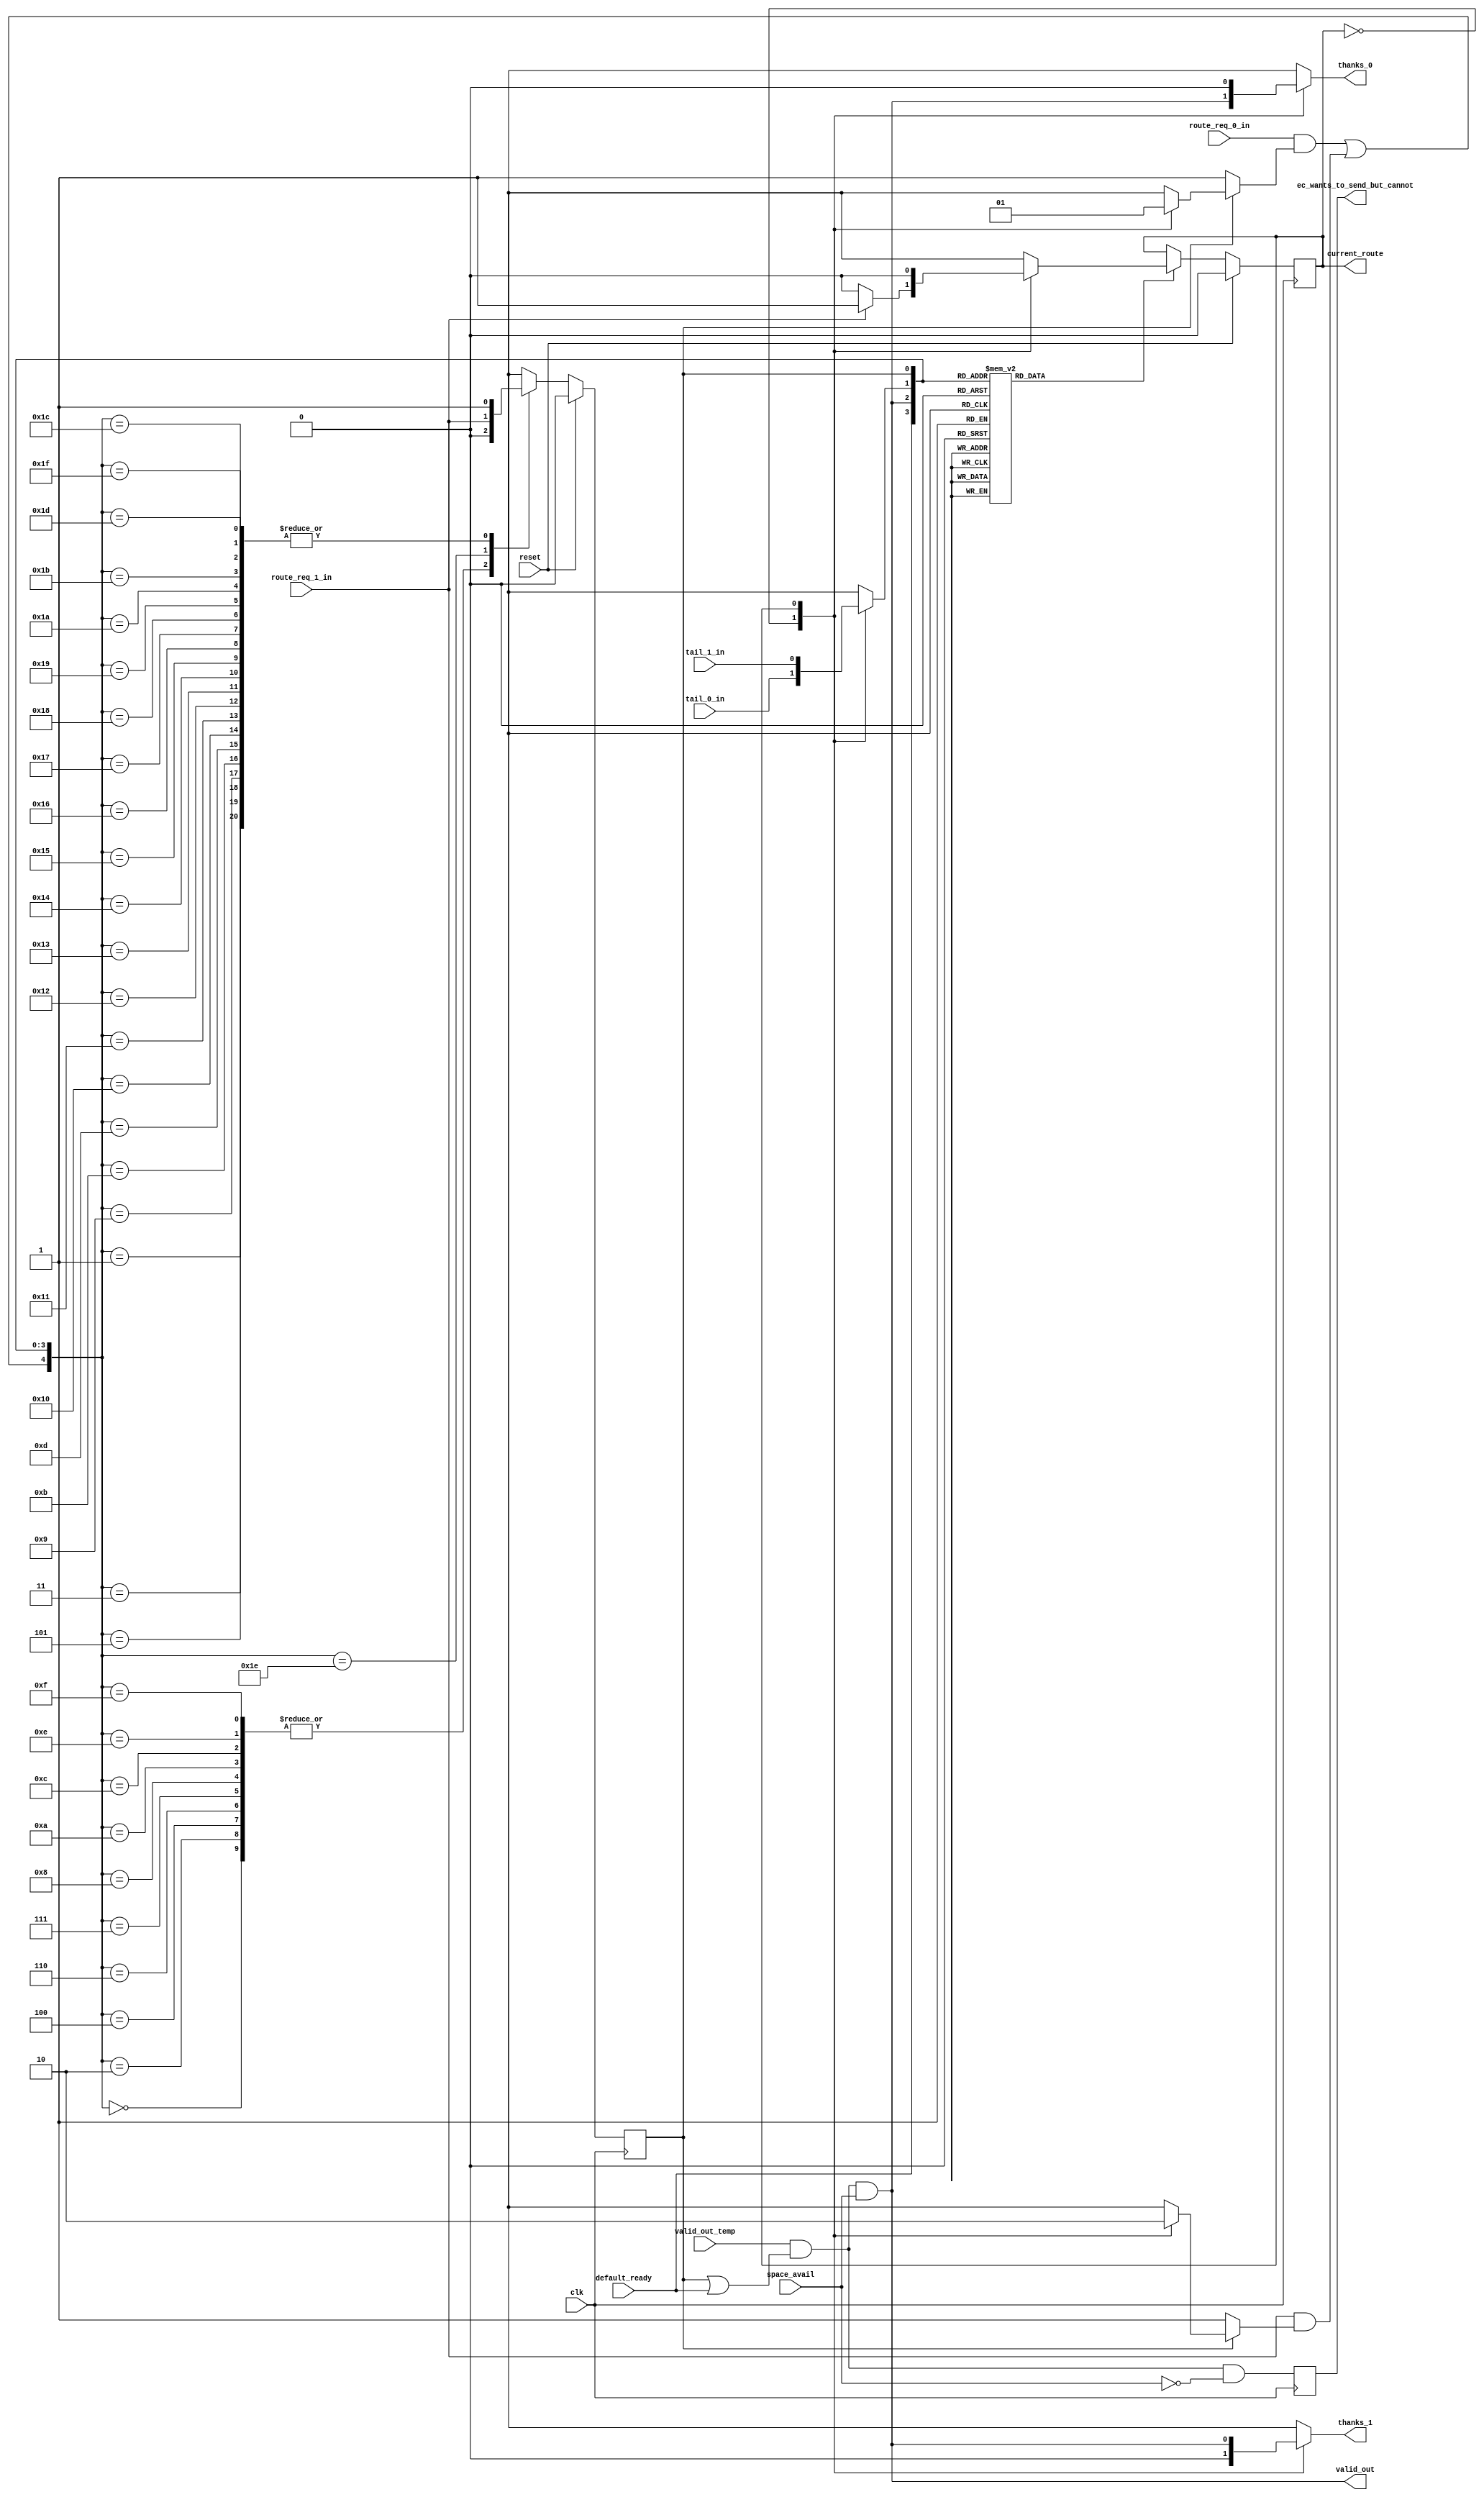
/*
Copyright (c) 2015 Princeton University
All rights reserved.

Redistribution and use in source and binary forms, with or without
modification, are permitted provided that the following conditions are met:
    * Redistributions of source code must retain the above copyright
      notice, this list of conditions and the following disclaimer.
    * Redistributions in binary form must reproduce the above copyright
      notice, this list of conditions and the following disclaimer in the
      documentation and/or other materials provided with the distribution.
    * Neither the name of Princeton University nor the
      names of its contributors may be used to endorse or promote products
      derived from this software without specific prior written permission.

THIS SOFTWARE IS PROVIDED BY PRINCETON UNIVERSITY "AS IS" AND
ANY EXPRESS OR IMPLIED WARRANTIES, INCLUDING, BUT NOT LIMITED TO, THE IMPLIED
WARRANTIES OF MERCHANTABILITY AND FITNESS FOR A PARTICULAR PURPOSE ARE
DISCLAIMED. IN NO EVENT SHALL PRINCETON UNIVERSITY BE LIABLE FOR ANY
DIRECT, INDIRECT, INCIDENTAL, SPECIAL, EXEMPLARY, OR CONSEQUENTIAL DAMAGES
(INCLUDING, BUT NOT LIMITED TO, PROCUREMENT OF SUBSTITUTE GOODS OR SERVICES;
LOSS OF USE, DATA, OR PROFITS; OR BUSINESS INTERRUPTION) HOWEVER CAUSED AND
ON ANY THEORY OF LIABILITY, WHETHER IN CONTRACT, STRICT LIABILITY, OR TORT
(INCLUDING NEGLIGENCE OR OTHERWISE) ARISING IN ANY WAY OUT OF THE USE OF THIS
SOFTWARE, EVEN IF ADVISED OF THE POSSIBILITY OF SUCH DAMAGE.
*/

//Function: This maintains the control of the output mux for a dynamic network port.
//	This does the scheduling for the output.
//	It takes as input what all of the other ports want to do and outputs the control
//	for the respective crossbar mux and the validOut signal for a respective direction.
//
//Instantiates:
//
//State: current_route_f [2:0], planned_f
//
//Note:
//
//`include "network_define.v"
// /home/islam/Projects/openpiton/piton/verif/env/manycore/devices.xml

module dynamic_output_control_para(thanks_0, thanks_1, 
                              valid_out, current_route, ec_wants_to_send_but_cannot, clk, reset, 
                              route_req_0_in, route_req_1_in, 
                              tail_0_in, tail_1_in, 
                              valid_out_temp, default_ready, space_avail);
// begin port declarations
output thanks_0;
output thanks_1;

output valid_out;

output [0:0] current_route;
output    ec_wants_to_send_but_cannot;

input clk;
input reset;

input route_req_0_in;
input route_req_1_in;

input tail_0_in;
input tail_1_in;

input valid_out_temp;

input default_ready;

input space_avail;

// end port declarations

`define ROUTE_0 1'b0
`define ROUTE_1 1'b1

//This is the state
reg [0:0]current_route_f;
reg planned_f;

//inputs to the state
wire [0:0] current_route_temp;

//wires
wire planned_or_default;
// wire route_req_all_or;
wire route_req_all_or_with_planned;
wire route_req_all_but_default;
wire valid_out_internal;

//wire regs
reg new_route_needed;
reg planned_temp;
reg [0:0] new_route;
reg tail_current_route;
/*reg route_req_planned;*/
reg route_req_0_mask;
reg route_req_1_mask;


//more wire regs for the thanks lines
reg thanks_0;
reg thanks_1;

reg    ec_wants_to_send_but_cannot;

//assigns
assign planned_or_default = planned_f | default_ready;
assign valid_out_internal = valid_out_temp & planned_or_default & space_avail;

// mbt: if valid_out_interal is a critical path, we can use some "bleeder" gates to decrease the load of the ec stuff
always @(posedge clk)
  begin
     ec_wants_to_send_but_cannot <= valid_out_temp & planned_or_default & ~space_avail;
  end

/* assign route_req_all_or = route_req_a_in | route_req_b_in | route_req_c_in | route_req_d_in | route_req_x_in; */
assign current_route_temp = (new_route_needed) ? new_route : current_route_f;
assign current_route = current_route_f;
//this is everything except the currentl planned route's request

assign route_req_all_or_with_planned = (route_req_0_in & route_req_0_mask) | (route_req_1_in & route_req_1_mask);
//calculates whether the nib that we are going to has space

assign route_req_all_but_default = (route_req_1_in);

assign valid_out = valid_out_internal;

//instantiations
//space_avail space(.valid(valid_out_internal), .clk(clk), .reset(reset), .yummy(yummy_in), .spc_avail(space_avail));
//THIS HAS BEEN MOVED to dynamic_output_top

//a mux for current_route_f's tail bit

always @ (current_route_f or tail_0_in or tail_1_in)
begin
	case(current_route_f) //synopsys parallel_case
	
	`ROUTE_0:
	begin
		tail_current_route <= tail_0_in;
	end
	`ROUTE_1:
	begin
		tail_current_route <= tail_1_in;
	end

	default:
	begin
		tail_current_route <= 1'bx; //This is probably dangerous, but I
					    //really need the speed here and
					    //I don't want the synthesizer to
					    //mess me up if I put a real value
					    //here
	end
	endcase
end

always @ (current_route_f or valid_out_internal)
begin
	case(current_route_f)
	/*
	//original
	`ROUTE_A:
	begin
		thanks_a <= valid_out_internal;
		thanks_b <= 1'b0;
		thanks_c <= 1'b0;
		thanks_d <= 1'b0;
		thanks_x <= 1'b0;
	end
	*/
	
	`ROUTE_0:
	begin
		thanks_0 <= valid_out_internal;
		thanks_1 <= 1'b0;
	end
	`ROUTE_1:
	begin
		thanks_0 <= 1'b0;
		thanks_1 <= valid_out_internal;
	end

	default:
	begin
	
		thanks_0 <= 1'bx;
		thanks_1 <= 1'bx;

	/*
	//original
		thanks_a <= 1'bx;
		thanks_b <= 1'bx;
		thanks_c <= 1'bx;
		thanks_d <= 1'bx;
		thanks_x <= 1'bx;
	*/
					//once again this is very dangerous
					//but I want to see the timing this
					//way and we sould never get here
	end
	endcase
end

//this is the rotating priority encoder
/*
always @(current_route_f or route_req_a_in or route_req_b_in or route_req_c_in or route_req_d_in or route_req_x_in)
begin
	case(current_route_f)
	`ROUTE_A:
	begin
		new_route <= (route_req_b_in)?`ROUTE_B:((route_req_c_in)?`ROUTE_C:((route_req_d_in)?`ROUTE_D:((route_req_x_in)?`ROUTE_X:`ROUTE_A)));
	end
	`ROUTE_B:
	begin
		new_route <= (route_req_c_in)?`ROUTE_C:((route_req_d_in)?`ROUTE_D:((route_req_x_in)?`ROUTE_X:((route_req_a_in)?`ROUTE_A:((route_req_b_in)?`ROUTE_B:`ROUTE_A))));
	end
	`ROUTE_C:
	begin
		new_route <= (route_req_d_in)?`ROUTE_D:((route_req_x_in)?`ROUTE_X:((route_req_a_in)?`ROUTE_A:((route_req_b_in)?`ROUTE_B:((route_req_c_in)?`ROUTE_C:`ROUTE_A))));
	end
	`ROUTE_D:
	begin
		new_route <= (route_req_c_in)?`ROUTE_C:((route_req_d_in)?`ROUTE_D:((route_req_x_in)?`ROUTE_X:((route_req_a_in)?`ROUTE_A:((route_req_b_in)?`ROUTE_B:`ROUTE_A))));
	end
	`ROUTE_X:
	begin
		new_route <= (route_req_x_in)?`ROUTE_X:((route_req_a_in)?`ROUTE_A:((route_req_b_in)?`ROUTE_B:((route_req_c_in)?`ROUTE_C:((route_req_d_in)?`ROUTE_D:`ROUTE_A))));
	end
	default:
	begin
		new_route <= `ROUTE_A;
			//this one I am not willing to chince on
	end
	endcase
end
*/
//end the rotating priority encoder

//this is the rotating priority encoder
always @(current_route_f or route_req_0_in or route_req_1_in)
begin
	case(current_route_f)
	/*
	//original
	`ROUTE_A:
	begin
		new_route <= (route_req_b_in)?`ROUTE_B:((route_req_c_in)?`ROUTE_C:((route_req_d_in)?`ROUTE_D:((route_req_x_in)?`ROUTE_X:`ROUTE_A)));
	end
	*/
	
	`ROUTE_0:
	begin
		new_route <= (route_req_1_in)?`ROUTE_1:`ROUTE_0;
	end
	`ROUTE_1:
	begin
		new_route <= (route_req_0_in)?`ROUTE_0:`ROUTE_0;
	end

	default:
	begin
		new_route <= `ROUTE_0;
			//this one I am not willing to chince on
	end
	endcase
end
//end the rotating priority encoder

always @(current_route_f or planned_f)
begin
	if(planned_f)
	begin
		case(current_route_f)
		
		`ROUTE_0:
			begin
				route_req_0_mask <= 1'b0;
				route_req_1_mask <= 1'b1;
			end
		`ROUTE_1:
			begin
				route_req_0_mask <= 1'b1;
				route_req_1_mask <= 1'b0;
			end
		default:
			begin
				route_req_0_mask <= 1'b1;
				route_req_1_mask <= 1'b1;
			end

		/*
		original
		`ROUTE_A:	
			begin
				route_req_a_mask <= 1'b0;
				route_req_b_mask <= 1'b1;
				route_req_c_mask <= 1'b1;
				route_req_d_mask <= 1'b1;
				route_req_x_mask <= 1'b1;
			end
		default:
			begin
				route_req_a_mask <= 1'b1;
				route_req_b_mask <= 1'b1;
				route_req_c_mask <= 1'b1;
				route_req_d_mask <= 1'b1;
				route_req_x_mask <= 1'b1;
			end
		*/
		endcase
	end
	else
	begin
	
		route_req_0_mask <= 1'b1;
		route_req_1_mask <= 1'b1;

	/*
	//original
		route_req_a_mask <= 1'b1;
		route_req_b_mask <= 1'b1;
		route_req_c_mask <= 1'b1;
		route_req_d_mask <= 1'b1;
		route_req_x_mask <= 1'b1;
	*/
	end
end

//calculation of new_route_needed
always @ (planned_f or tail_current_route or valid_out_internal or default_ready)
begin
	case({default_ready, valid_out_internal, tail_current_route, planned_f}) //synopsys parallel_case
	4'b0000:	new_route_needed <= 1'b1;
	4'b0001:	new_route_needed <= 1'b0;
	4'b0010:	new_route_needed <= 1'b1;
	4'b0011:	new_route_needed <= 1'b0;
	4'b0100:	new_route_needed <= 1'b0;	//This line should probably be turned to a 1 if we are to implement "Mikes fairness" schema
	4'b0101:	new_route_needed <= 1'b0;	//This line should probably be turned to a 1 if we are to implement "Mikes fairness" schema
	4'b0110:	new_route_needed <= 1'b1;
	4'b0111:	new_route_needed <= 1'b1;

	4'b1000:	new_route_needed <= 1'b1;
	4'b1001:	new_route_needed <= 1'b0;
//	4'b1010:	new_route_needed <= 1'b0;	//this is scary CHECK THIS BEFORE CHIP SHIPS
	4'b1010:	new_route_needed <= 1'b1;	//this is the case where there is a zero length message on the default route that is not being sent this cycle therefore we should let something be locked in, but it doesn't necessarily just the default route.  Remember that the default route is the last choice in the priority encoder, but if nothing else is requesting, the default route will be planned and locked in.
    //yanqiz change from 0->1
	4'b1011:	new_route_needed <= 1'b0;
	4'b1100:	new_route_needed <= 1'b0;
	4'b1101:	new_route_needed <= 1'b0;
	4'b1110:	new_route_needed <= 1'b1;
	4'b1111:	new_route_needed <= 1'b1;
	default:	new_route_needed <= 1'b1;
			//safest choice should never occur
	endcase
end

//calculation of planned_temp
//random five input function
always @ (planned_f or tail_current_route or valid_out_internal or default_ready or route_req_all_or_with_planned or route_req_all_but_default)
begin
	case({route_req_all_or_with_planned, default_ready, valid_out_internal, tail_current_route, planned_f}) //synopsys parallel_case
	5'b00000:	planned_temp <= 1'b0;
	5'b00001:	planned_temp <= 1'b1;
	5'b00010:	planned_temp <= 1'b0;
	5'b00011:	planned_temp <= 1'b1;
	5'b00100:	planned_temp <= 1'b0;	//error what did we just send
	5'b00101:	planned_temp <= 1'b1;
	5'b00110:	planned_temp <= 1'b0;	//error
	5'b00111:	planned_temp <= 1'b0;

	5'b01000:	planned_temp <= 1'b0;	//error
	5'b01001:	planned_temp <= 1'b1;
	5'b01010:	planned_temp <= 1'b0;	//This actually cannot happen
	5'b01011:	planned_temp <= 1'b1;
	5'b01100:	planned_temp <= 1'b0;	//What did we just send?
	5'b01101:	planned_temp <= 1'b1;
	5'b01110:	planned_temp <= 1'b0;	//error
	5'b01111:	planned_temp <= 1'b0;	//The default route is
						//currently planned but
						//is ending this cycle
						//and nobody else wants to go
						//This is a delayed zero length
						//message on the through route
	5'b10000:	planned_temp <= 1'b1;
	5'b10001:	planned_temp <= 1'b1;
	5'b10010:	planned_temp <= 1'b1;
	5'b10011:	planned_temp <= 1'b1;
	5'b10100:	planned_temp <= 1'b1;
	5'b10101:	planned_temp <= 1'b1;
	5'b10110:	planned_temp <= 1'b1;
	5'b10111:	planned_temp <= 1'b1;
	5'b11000:	planned_temp <= 1'b1;
	5'b11001:	planned_temp <= 1'b1;
	5'b11010:	planned_temp <= 1'b1;
	5'b11011:	planned_temp <= 1'b1;
	5'b11100:	planned_temp <= 1'b1;
	5'b11101:	planned_temp <= 1'b1;
//	5'b11110:	planned_temp <= 1'b0;	//This is wrong becasue if
						//there is a default
						//route zero length message
						//that is being sent and
						//somebody else wants to send
						//on the next cycle
	5'b11110:	planned_temp <= route_req_all_but_default;
	5'b11111:	planned_temp <= 1'b1;
	default:	planned_temp <= 1'b0;
	endcase
end

//take care of syncrhonous stuff
always @(posedge clk)
begin
	if(reset)
	begin
		current_route_f <= 3'd0;
		planned_f <= 1'd0;
	end
	else
	begin
		current_route_f <= current_route_temp;
		planned_f <= planned_temp;
	end
end

endmodule